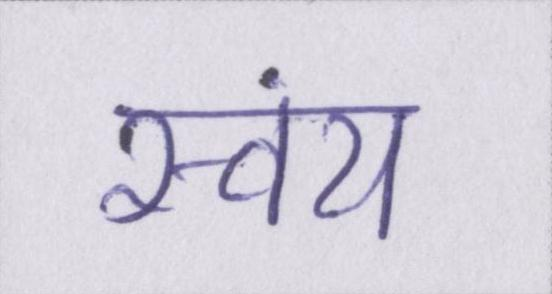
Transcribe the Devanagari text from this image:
स्वंय